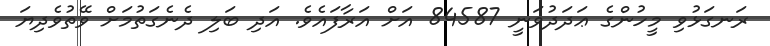
ރަނގަޅުވި މީހުންގެ ޢަދަދުވަނީ 84587 އަށް އަރާފައެވެ. އަދި ބަލި ދެނެގަތުމަށް ވޭތުވެދިޔަ